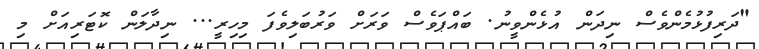
"ދަރިފުޅުމެންވެސް ނިދަން އުޅެންވީނު. ބައްޕަވެސް ވަރަށް ވަރުބަލިވެފަ މިހިރީ... ނިދާލަން ކޮޓަރިއަށް މި